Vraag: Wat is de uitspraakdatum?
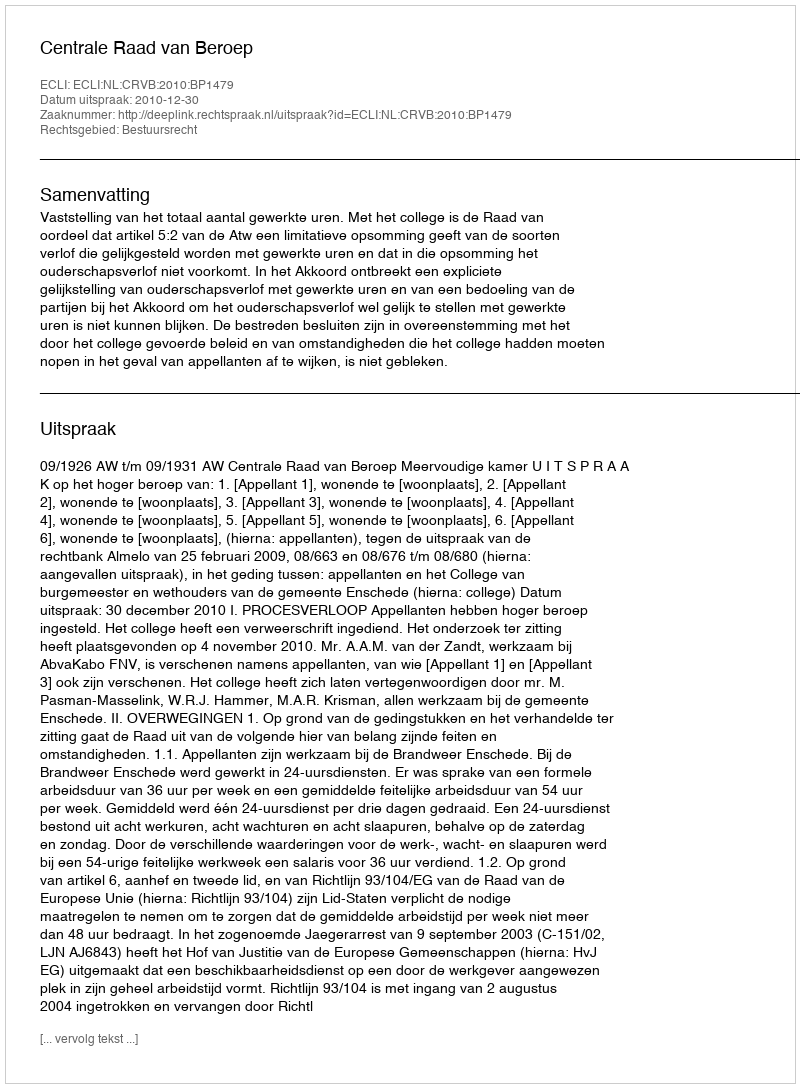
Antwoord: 2010-12-30